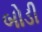
બોડી